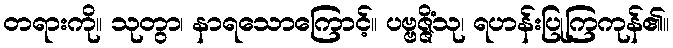
တရားကို။ သုတွာ၊ နာရသောကြောင့်။ ပဗ္ဗဇ္ဇိံသု၊ ရဟန်းပြုကြကုန်၏။